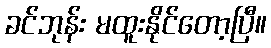
ခင်ဘုန်း မထူးနိုင်တော့ပြီ။